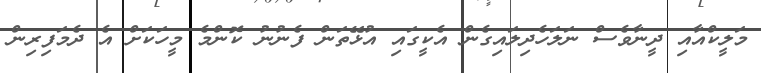
މަލީކްއާއި ދީނާވެސް ނަލަހެދިލައިގެން އެކީގައި އުޅޭތަން ފެނުނު ކޮންމެ މީހަކަށް އެ ދެމަފިރިން